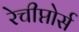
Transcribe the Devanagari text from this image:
रेचीप्तोर्स